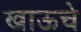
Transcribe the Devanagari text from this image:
खाऊचे